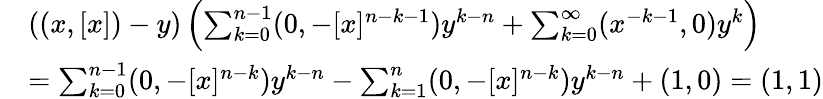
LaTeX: \begin{array}{rl}&{((x,[x])-y)\left(\sum_{k=0}^{n-1}(0,-[x]^{n-k-1})y^{k-n}+\sum_{k=0}^{\infty}(x^{-k-1},0)y^{k}\right)}\\ &{=\sum_{k=0}^{n-1}(0,-[x]^{n-k})y^{k-n}-\sum_{k=1}^{n}(0,-[x]^{n-k})y^{k-n}+(1,0)=(1,1)}\end{array}